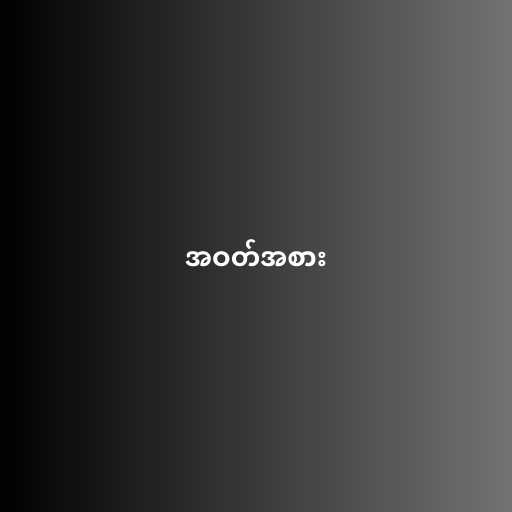
အဝတ်အစား